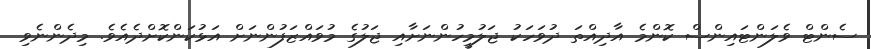
ސެންޓް ވެލަންޓައިންސް ކޮންމެ އާދިއްތަ ދުވަހަކު ޖަލުމީހުންނަށާއި ޖަލުގެ މުވައްޒަފުންނަށް އަޅުކަންކޮށްދެއެވެ. މިދެންނެވި